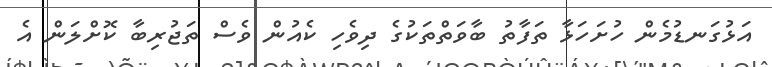
އަޅުގަނޑުމެން ހުށަހަޅާ ތަފާތު ބާވަތްތަކުގެ ދިވެހި ކެއުން ވެސް ތަޖުރިބާ ކޮށްލަން އެ